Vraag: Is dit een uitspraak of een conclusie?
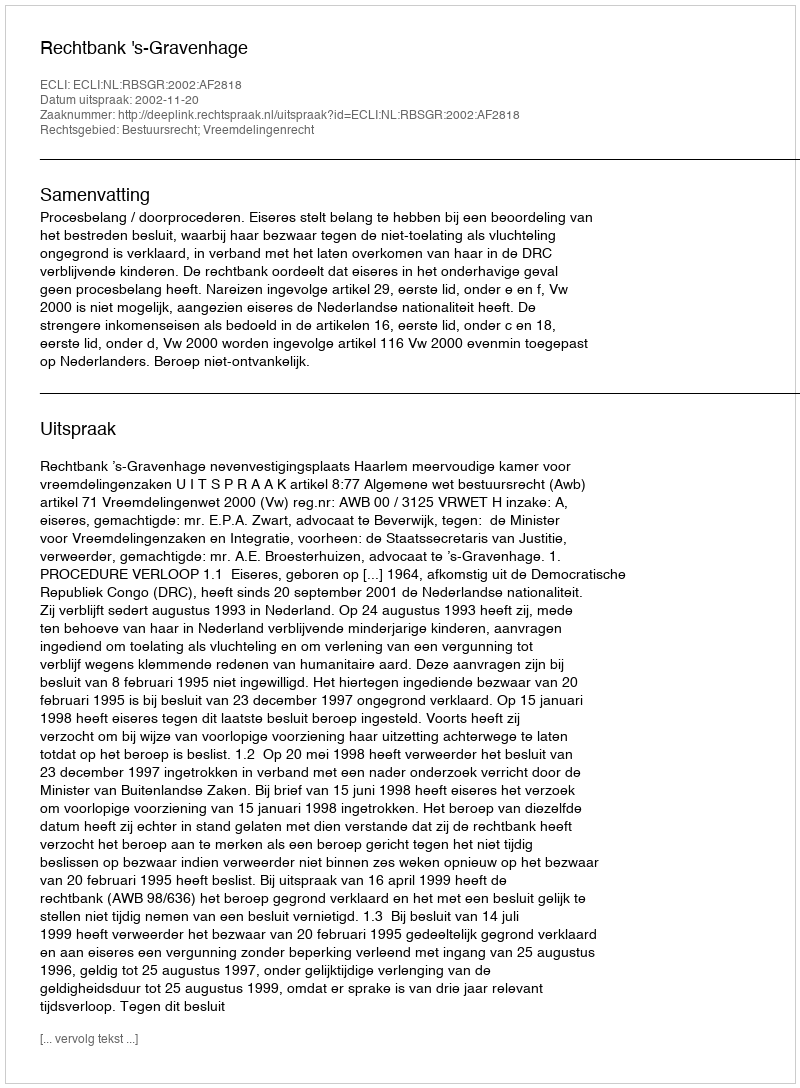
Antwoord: Uitspraak